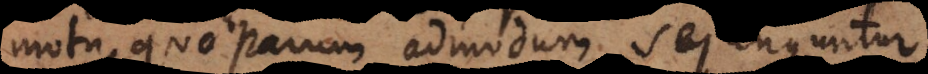
otu, quo parum admodum sejunguntur,